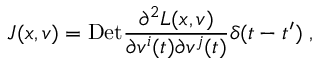
J ( x , v ) = \mathrm { D e t } \frac { \partial ^ { 2 } L ( x , v ) } { \partial v ^ { i } ( t ) \partial v ^ { j } ( t ) } \delta ( t - t ^ { \prime } ) \; ,